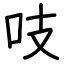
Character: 吱